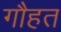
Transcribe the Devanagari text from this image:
गौहत